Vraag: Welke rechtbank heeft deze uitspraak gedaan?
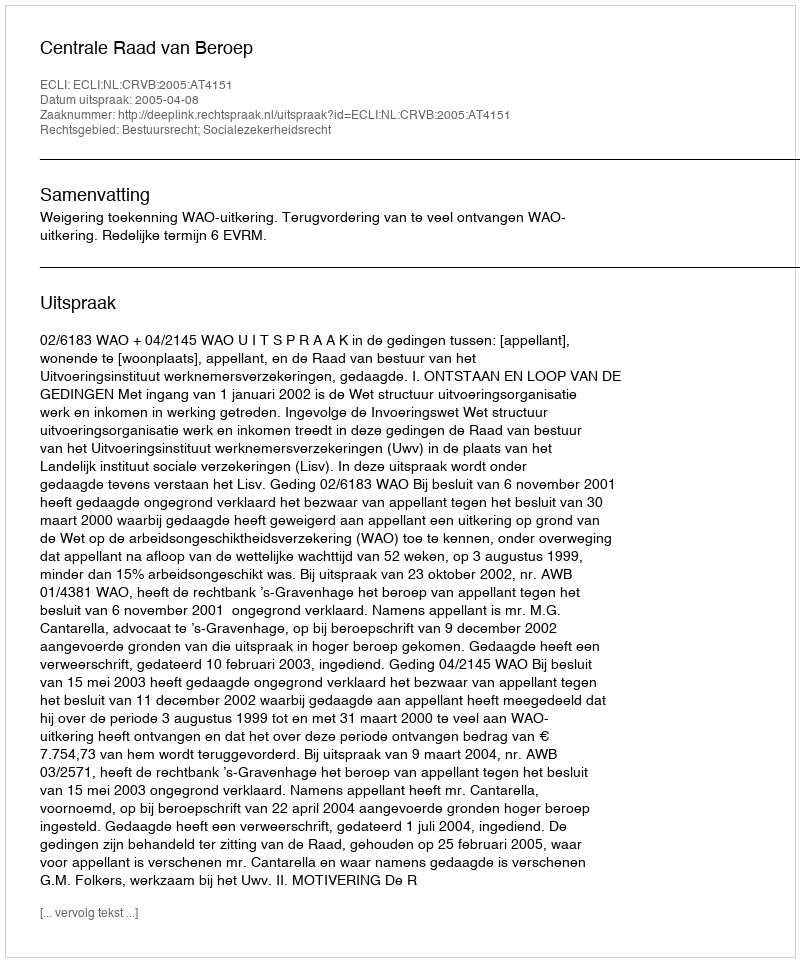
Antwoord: Centrale Raad van Beroep